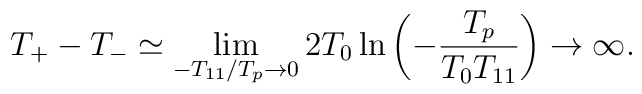
T_{+}-T_{-}\simeq \lim_{-T_{11}/T_{p}\rightarrow 0}2T_{0}\ln\left(-\frac{T_{p}}{T_{0}T_{11}}\right)\rightarrow \infty .